38_143685_box_Incident_Summaries_101-172
Agency: Department of War
Page 6
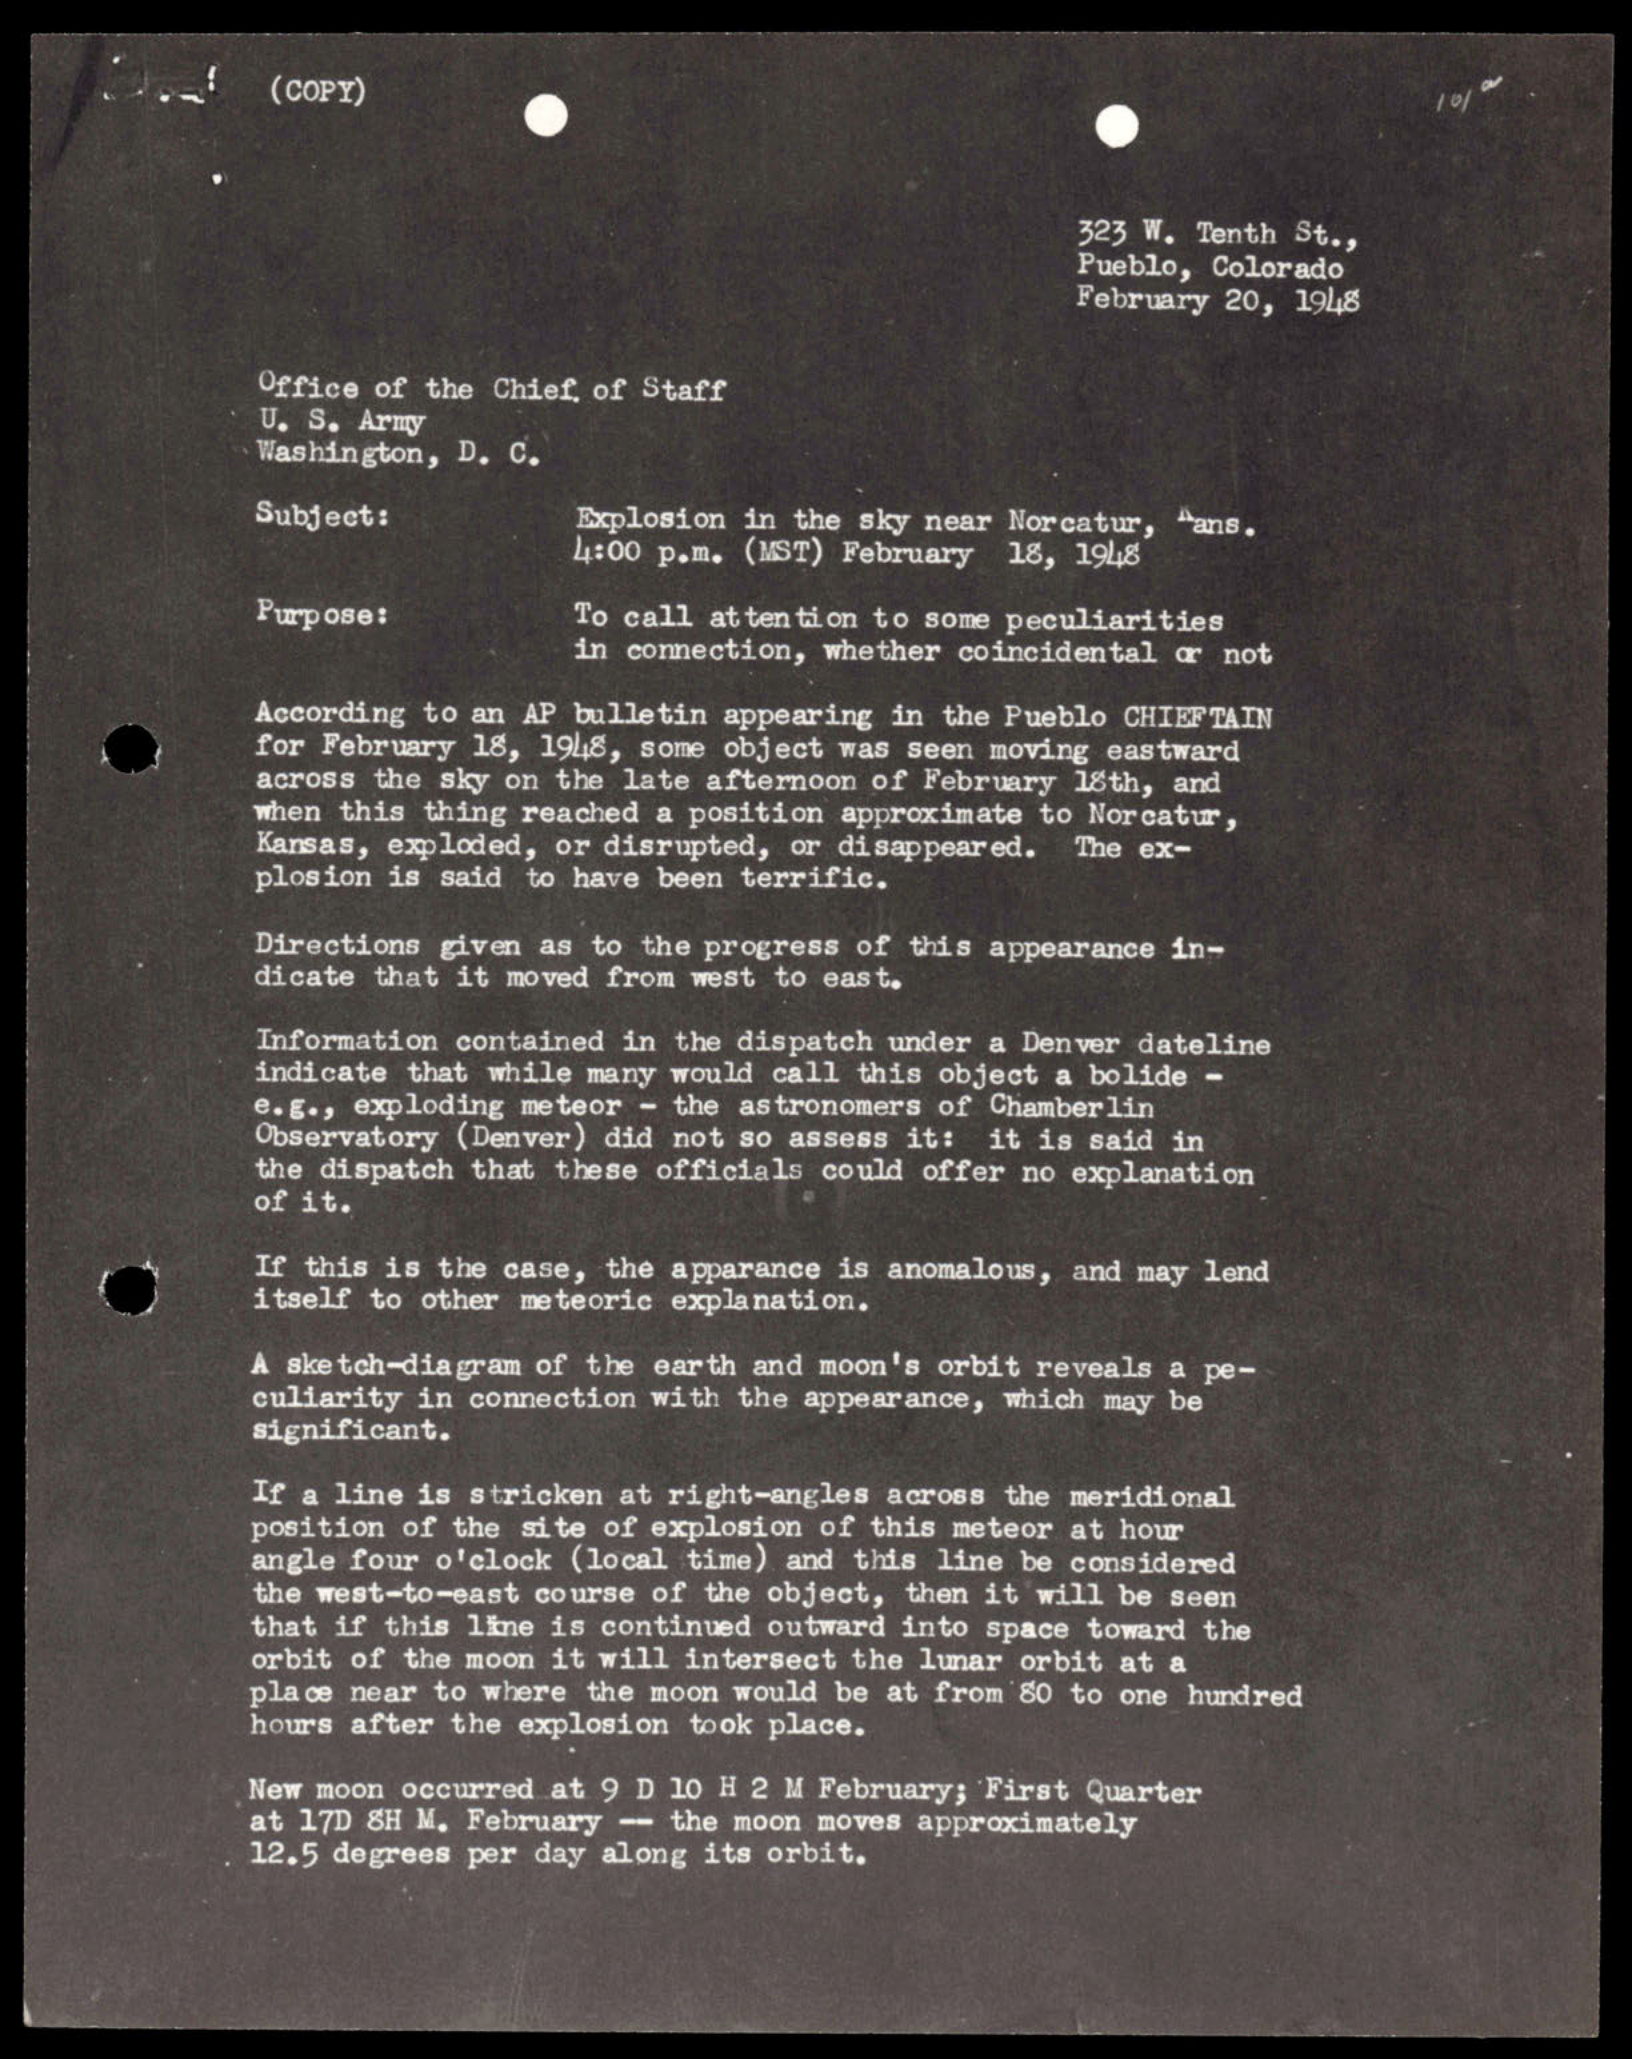